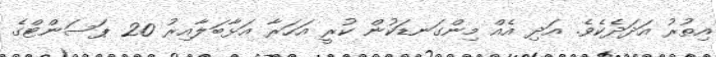
އިތުރު އަދަދެކެވެ. އަދި އެއް މިންގަނޑަކުން ކުރީ އަހަރާ އަޅާބަލާއިރު 20 ޕަސަންޓްގެ